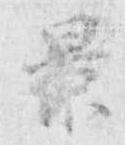
景